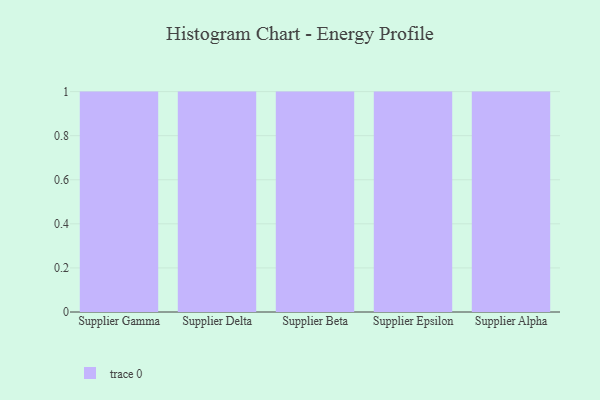
{"axis": {"x": "Supplier", "y": "Website Visitors"}, "legend": [""], "data": [{"x": "Supplier Gamma", "y": 66, "type": ""}, {"x": "Supplier Delta", "y": 67, "type": ""}, {"x": "Supplier Beta", "y": 46, "type": ""}, {"x": "Supplier Epsilon", "y": 90, "type": ""}, {"x": "Supplier Alpha", "y": 1, "type": ""}]}